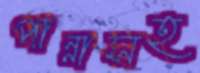
পান্নাসহ